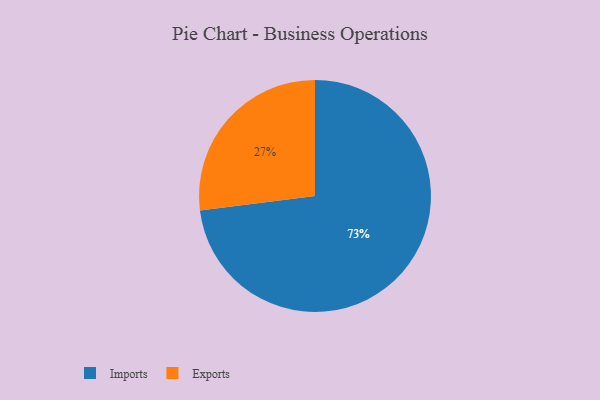
{"axis": {"x": "Category", "y": "Percentage"}, "legend": ["Exports", "Imports"], "data": [{"x": "Imports", "y": 73, "type": "Imports"}, {"x": "Exports", "y": 27, "type": "Exports"}]}